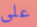
على